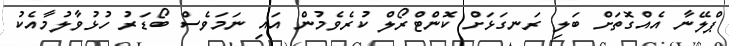
ޕްލޭނާ އެއްގޮތަށް ބަލި ރަނގަޅަށް ކޮންޓްރޯލް ކުރެވެމުން އައި ނަމަވެސް ބޯޑަރު ހުޅުވާލުމާއެކު